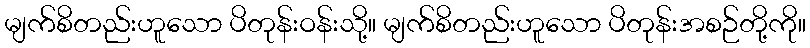
မျက်စိတည်းဟူသော ပိတုန်းဝန်းသို့။ မျက်စိတည်းဟူသော ပိတုန်းအစဉ်တို့ကို။